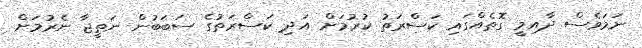
ނަމަވެސް ދާއިމީ ގޮތެއްގައި ކަސްރަތު ކުރުމަށް އަދި ކަސްރަތުގެ ސަބަބުން ނަތީޖާ ނެރުމަށް